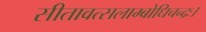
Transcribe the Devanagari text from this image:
सीतावत्सलाम्बोधिचन्द्रः।